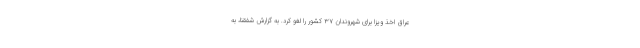
عراق اخذ ویزا برای شهروندان ۳۷ کشور را لغو کرد. به گزارش شفقنا، به